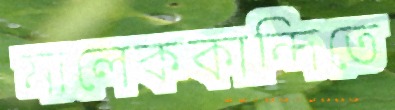
মালেককান্দিতে